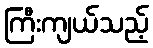
ကြီးကျယ်သည့်